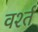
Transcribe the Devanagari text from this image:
वर्श्त